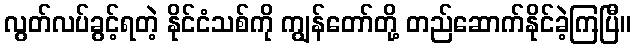
လွတ်လပ်ခွင့်ရတဲ့ နိုင်ငံသစ်ကို ကျွန်တော်တို့ တည်ဆောက်နိုင်ခဲ့ကြပြီ။